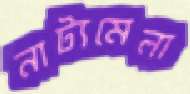
নাট্যমেলা